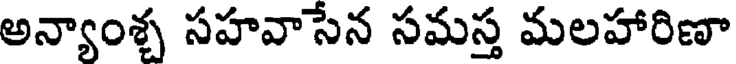
అన్యాంశ్చ సహవాసేన సమస్త మలహారిణా